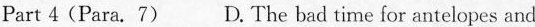
Part 4(Para. 7) D. The bad time for antelopes and